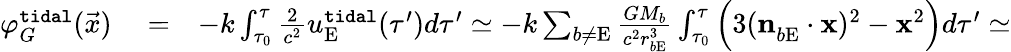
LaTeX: \begin{array}{rlr}{\varphi_{G}^{\tt tidal}(\vec{x})}&{{}=}&{-k\int_{\tau_{0}}^{\tau}\frac{2}{c^{2}}u_{\mathrm{E}}^{\tt tidal}(\tau^{\prime})d\tau^{\prime}\simeq-k\sum_{b\not=\mathrm{E}}\frac{GM_{b}}{c^{2}r_{b\mathrm{E}}^{3}}\int_{\tau_{0}}^{\tau}\Big(3(\boldsymbol{\mathrm{n}}_{b\mathrm{E}}^{}\cdot\boldsymbol{\mathrm{x}})^{2}-\boldsymbol{\mathrm{x}}^{2}\Big)d\tau^{\prime}\simeq}\end{array}